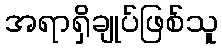
အရာရှိချုပ်ဖြစ်သူ